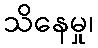
သိနေမှု၊